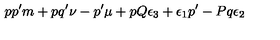
p p ^ { \prime } m + p q ^ { \prime } \nu - p ^ { \prime } \mu + p Q \epsilon _ { 3 } + \epsilon _ { 1 } p ^ { \prime } - P q \epsilon _ { 2 }